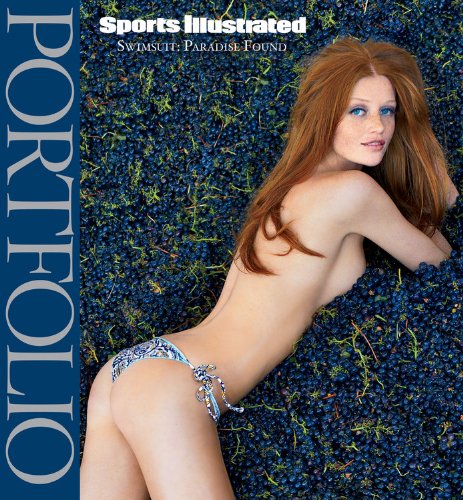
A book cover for Sports Illustrated Swimsuit Portfolio: Paradise Found; Editors of Sports Illustrated; Arts & Photography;